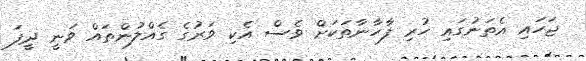
ޖަހައި އެތަނުގައި ހުރި ފާހާނާތަކަށް ވެސް އެކި ވަރުގެ ގެއްލުންތައް ވަނީ ދީފަ